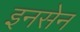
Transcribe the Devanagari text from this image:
इनसेन